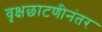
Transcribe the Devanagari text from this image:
वृक्षछाटणीनंतर